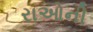
રાઓની